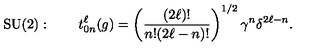
\mathrm { S U ( 2 ) } : \qquad t _ { 0 n } ^ { \ell } ( g ) = \left( \frac { ( 2 \ell ) ! } { n ! { ( 2 \ell - n ) ! } } \right) ^ { 1 / 2 } \gamma ^ { n } \delta ^ { 2 \ell - n } .